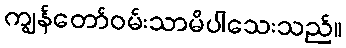
ကျွန်တော်ဝမ်းသာမိပါသေးသည်။